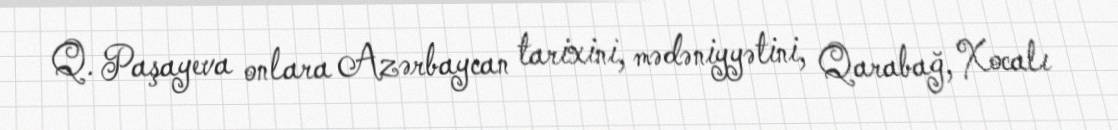
Q. Paşayeva onlara Azərbaycan tarixini, mədəniyyətini, Qarabağ, Xocalı